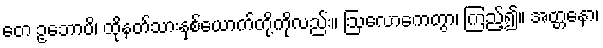
တေ ဥဘောပိ၊ ထိုနတ်သားနှစ်ယောက်တို့ကိုလည်း။ ဩလောကေတွာ၊ ကြည့်၍။ အတ္တနော၊